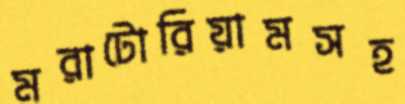
মরাটোরিয়ামসহ